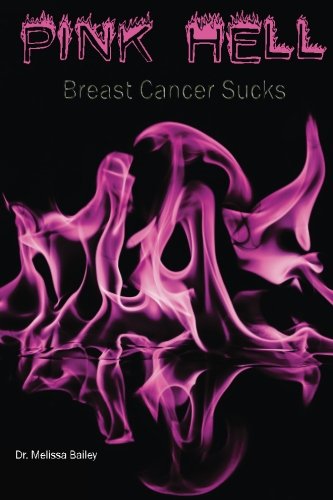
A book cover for Pink Hell: Breast Cancer Sucks; Dr. Melissa Bailey; Health, Fitness & Dieting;